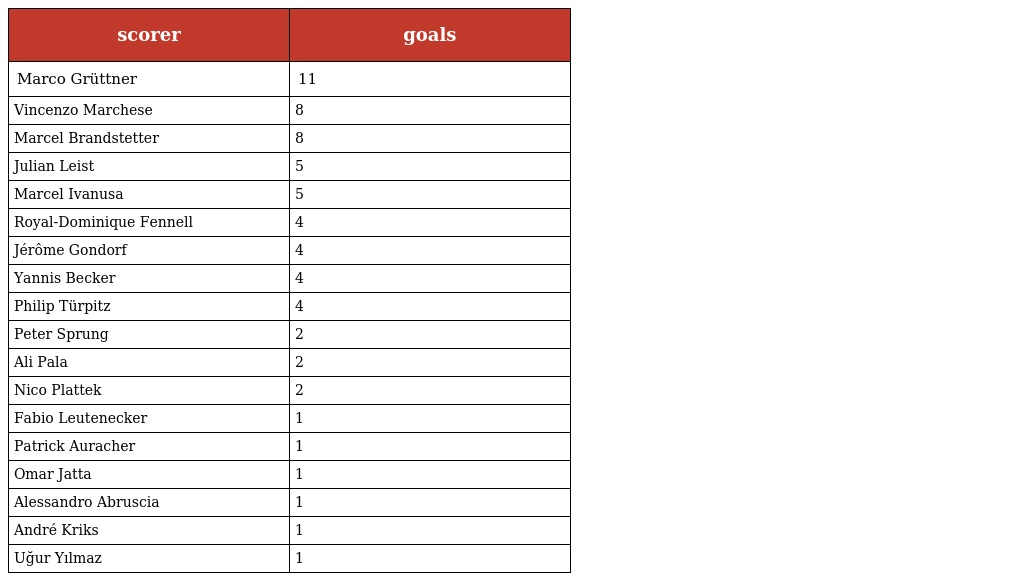
| scorer | goals |
 | --- | --- |
 | Marco Grüttner | 11 |
 | Vincenzo Marchese | 8 |
 | Marcel Brandstetter | 8 |
 | Julian Leist | 5 |
 | Marcel Ivanusa | 5 |
 | Royal-Dominique Fennell | 4 |
 | Jérôme Gondorf | 4 |
 | Yannis Becker | 4 |
 | Philip Türpitz | 4 |
 | Peter Sprung | 2 |
 | Ali Pala | 2 |
 | Nico Plattek | 2 |
 | Fabio Leutenecker | 1 |
 | Patrick Auracher | 1 |
 | Omar Jatta | 1 |
 | Alessandro Abruscia | 1 |
 | André Kriks | 1 |
 | Uğur Yılmaz | 1 |